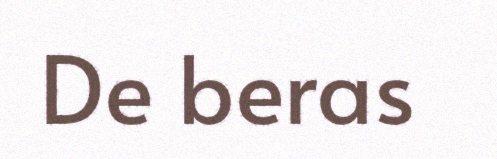
De beras